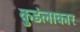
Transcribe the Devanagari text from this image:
कुडंलाकार